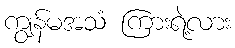
ကျွန်မအသံ ကြားရဲ့လား